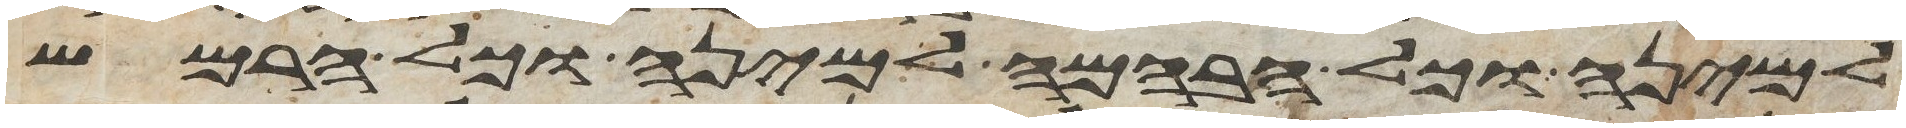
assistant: למינה וכל הבהמה למינה וכל הרמש